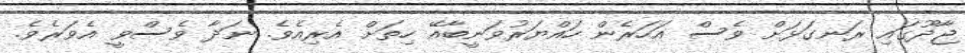
ޖާދޫގައި ރަނގަޅަށް ވެސް އަހަރެން ހައްޔަރުވަނީބާއޭ ހިތަށް އެރިއެވެ. ނަދާ ވެސްވީ އެވަރެވެ.